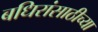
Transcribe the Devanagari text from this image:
बधिरांसाठीच्या